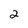
Character: 2